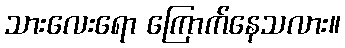
သားလေးရော ကြောက်နေသလား။